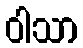
ဝါသာ